Madras plague regulations and rules for district municipalities and other towns and villages
Disease focus: Plague
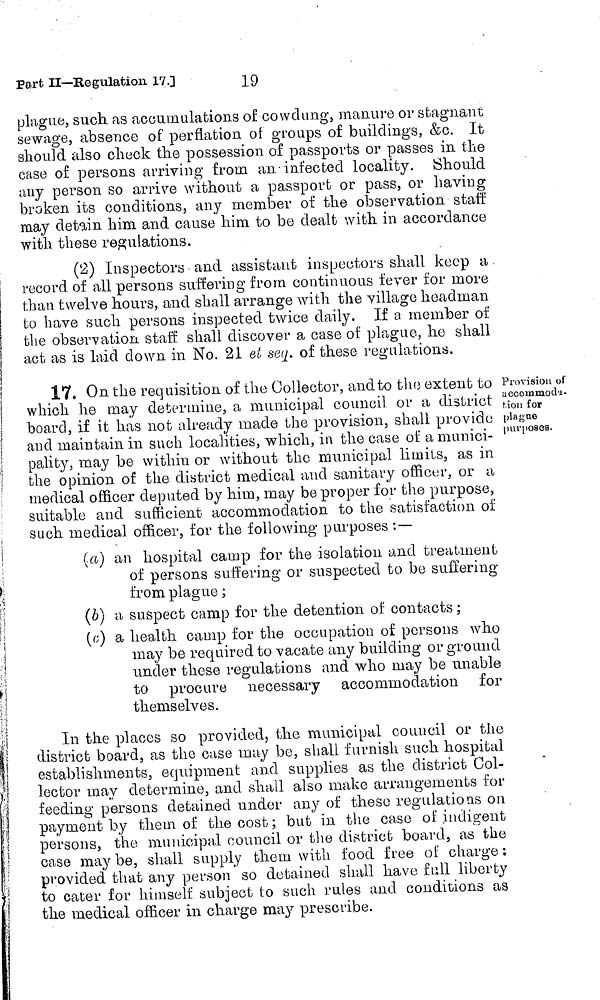
Pa,rt II—Regulation 17.]
19
plague, such, as accumulations of cowdung, manure or stagnant
sewage, absence of perflation oí groups of buildings, &c. It
should also check the possession of passports or passes in the
case of persons arriving from an infected locality. Should
any person so arrive without a passport or pass, or having
broken its conditions, any member of the observation staff
may detain him and cause him to be dealt with in accordance
with these regulations.
(2) Inspectors and assistant inspectors shall keep a
record of all persons suffering from continuous fever for more
than twelve hours, and shall arrange with the village headman
to have such persons inspected twice daily. If a member of
the observation staff shall discover a case of plague, he shall
| act as is laid down in No. 21 et seq, of these regulations.
Provision of
accommoda-
tion for
plague
purposes.
17. On the requisition of the Collector, and to the extent to
which he may determine, a municipal council or a district
board, if it has not already made the provision, shall provide
and maintain in such localities, which, in the case of a munici-
pality, may be within or without the municipal limits, as in
the opinion of the district medical and sanitary officer, or a
medical officer deputed by him, may be proper for the purpose,
suitable and sufficient accommodation to the satisfaction of
such medical officer, for the following purposes :—
(a) an hospital camp for the isolation and treatment
of persons suffering or suspected to be suffering
from plague ;
(b) a suspect camp for the detention of contacts ;
(c) a health camp for the occupation of persons who
may be required to vacate any building or ground
under these regulations and who may be unable
to procure necessary accommodation for
themselves.
In the places so provided, the municipal council or the
district board, as the case may be, shall furnish such hospital
establishments, equipment and supplies as the district Col-
lector may determine, and shall also make arrangements for
feeding persons detained under any of these regulado as on
payment by them of the cost; but in the case of indigent
persons, the municipal council or the district board, as the
case may be, shall supply them with food free of charge :
provided that any person so detained shall have full liberty
to cater for himself subject to such rules and conditions as
the medical officer in charge may prescribe.